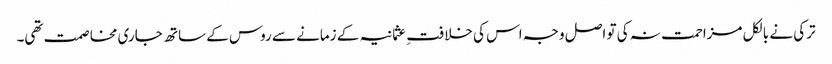
ترکی نے بالکل مزاحمت نہ کی تو اصل وجہ اس کی خلافتِ عثمانیہ کے زمانے سے روس کے ساتھ جاری مخاصمت تھی۔